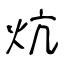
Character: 炕